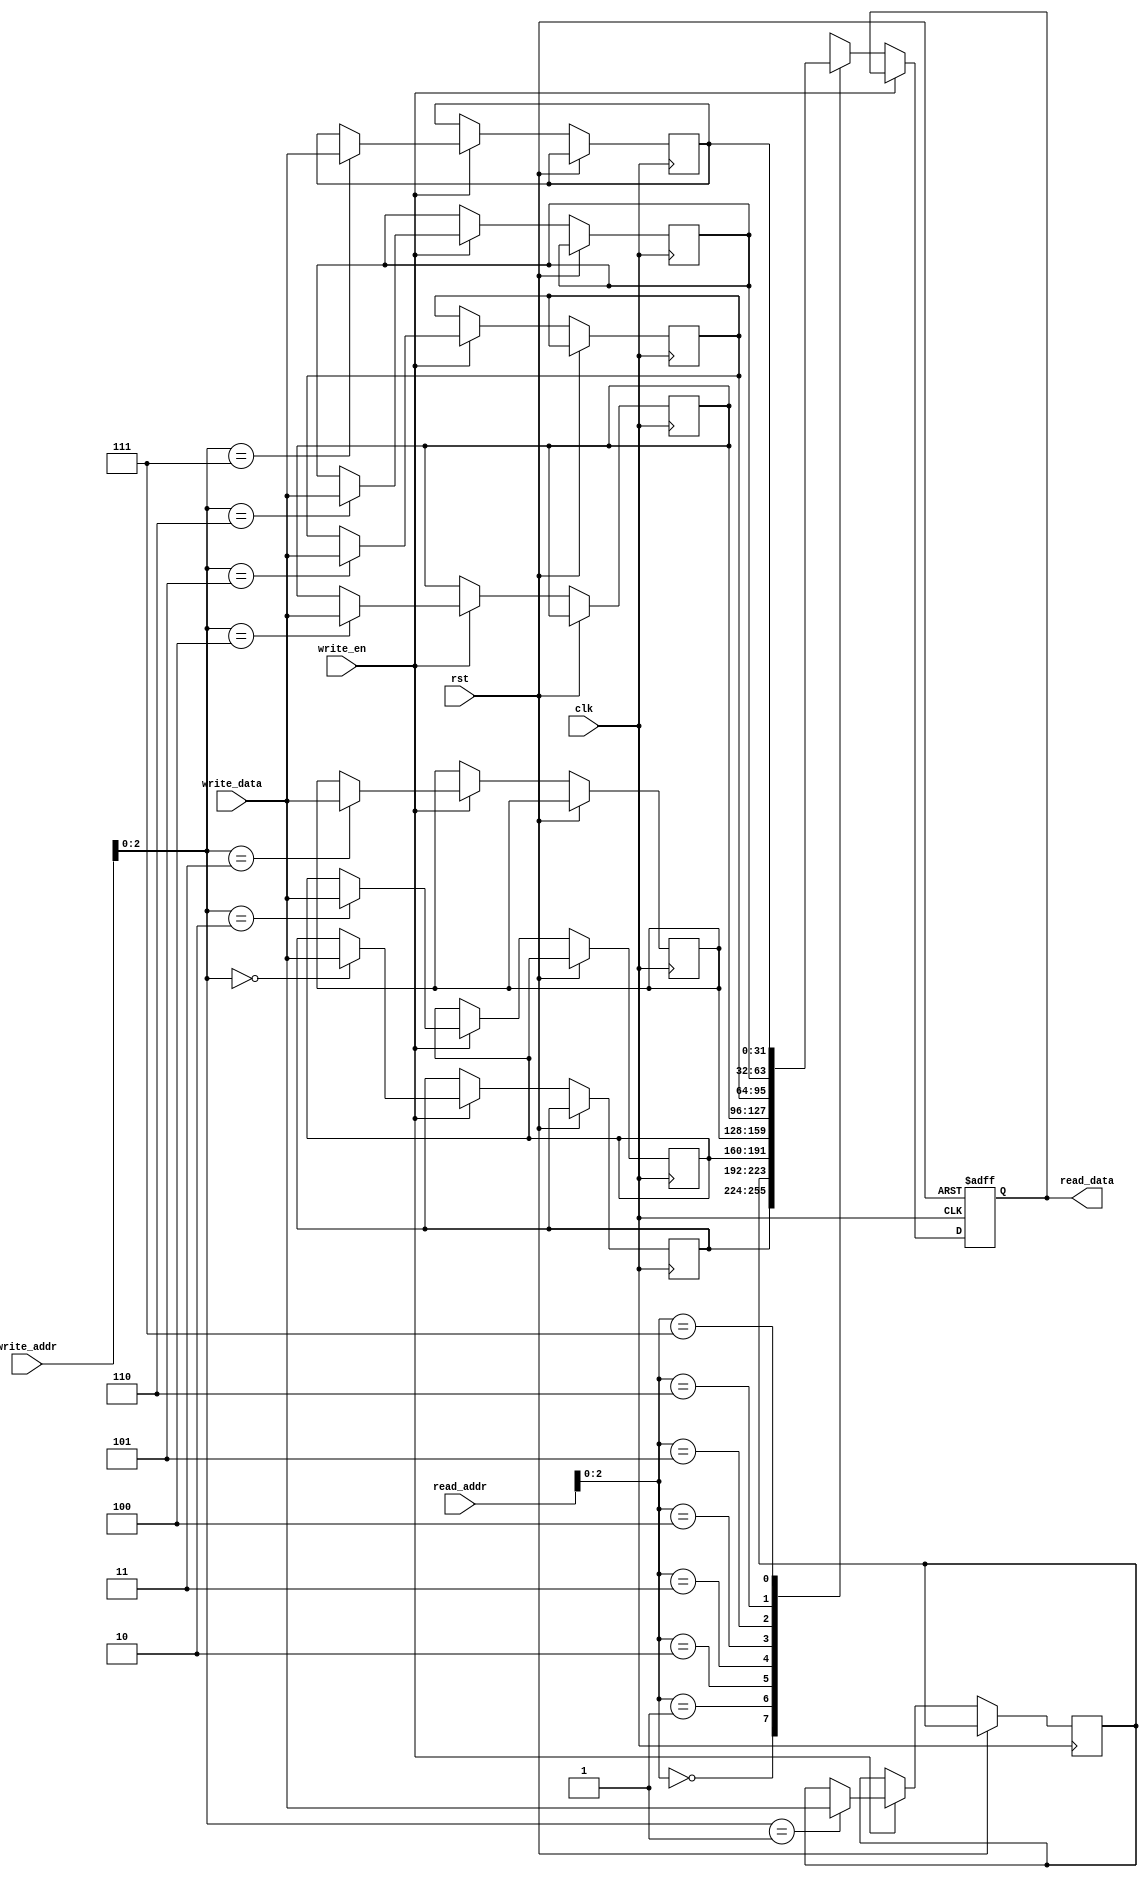
module stack_register_file(
  input wire clk,
  input wire rst,
  input wire [7:0] read_addr,
  output reg [31:0] read_data,
  input wire [7:0] write_addr,
  input wire [31:0] write_data,
  input wire write_en
);

reg [31:0] memory_block_0 [0:7];
reg [31:0] memory_block_1 [0:7];
reg [31:0] memory_block_2 [0:7];
reg [31:0] memory_block_3 [0:7];

reg [31:0] selected_mem_block [0:7];

always @(posedge clk or posedge rst) begin
  if (rst)
    read_data <= 32'h0;
  else if (write_en)
    selected_mem_block[write_addr] <= write_data;
  else
    read_data <= selected_mem_block[read_addr];
end

endmodule